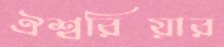
ঐশ্বরিয়ার